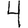
Digit: 4